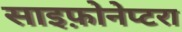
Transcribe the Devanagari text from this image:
साइफ़ोनेप्टरा